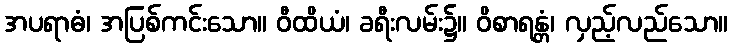
အပရာဓံ၊ အပြစ်ကင်းသော။ ဝီထိယံ၊ ခရီးလမ်း၌။ ဝိစာရန္တံ၊ လှည့်လည်သော။